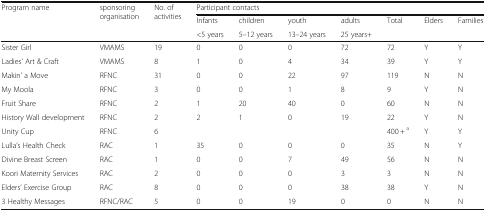
| <ROWSPAN=3> Program name | <ROWSPAN=3> sponsoring organisation | <ROWSPAN=3> No. of activities | <COLSPAN=7> Participant contacts |
 | Infants | children | youth | adults | <ROWSPAN=2> Total | <ROWSPAN=2> Elders | <ROWSPAN=2> Families |
 | <5 years | 5–12 years | 13–24 years | 25 years+ |
 | --- | --- | --- | --- | --- | --- | --- | --- | --- | --- |
 | Sister Girl | VMAMS | 19 | 0 | 0 | 0 | 72 | 72 | Y | Y |
 | Ladies’ Art & Craft | VMAMS | 8 | 1 | 0 | 4 | 34 | 39 | Y | Y |
 | Makin’ a Move | RFNC | 31 | 0 | 0 | 22 | 97 | 119 | N | N |
 | My Moola | RFNC | 3 | 0 | 0 | 1 | 8 | 9 | Y | N |
 | Fruit Share | RFNC | 2 | 1 | 20 | 40 | 0 | 60 | N | N |
 | History Wall development | RFNC | 2 | 2 | 1 | 0 | 19 | 22 | Y | N |
 | Unity Cup | RFNC | 6 |  |  |  |  | 400 + a | Y | Y |
 | Lulla’s Health Check | RAC | 1 | 35 | 0 | 0 | 0 | 35 | N | Y |
 | Divine Breast Screen | RAC | 1 | 0 | 0 | 7 | 49 | 56 | N | N |
 | Koori Maternity Services | RAC | 2 | 0 | 0 | 0 | 3 | 3 | N | N |
 | Elders’ Exercise Group | RAC | 8 | 0 | 0 | 0 | 38 | 38 | Y | N |
 | 3 Healthy Messages | RFNC/RAC | 5 | 0 | 0 | 19 | 0 | 0 | N | N |